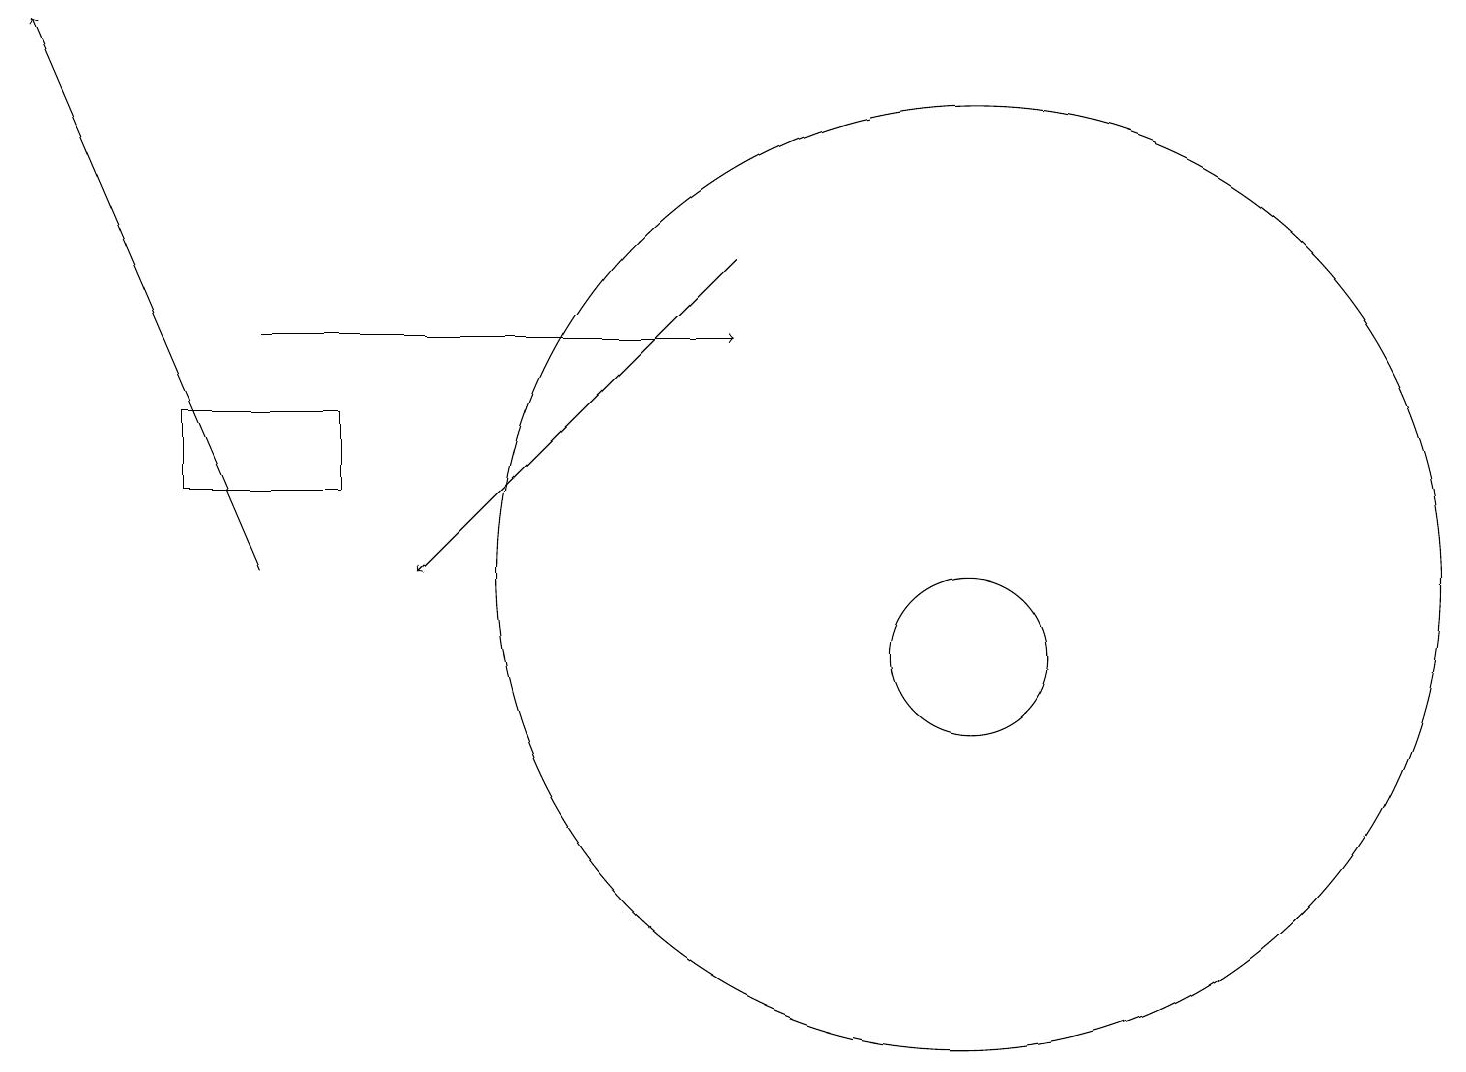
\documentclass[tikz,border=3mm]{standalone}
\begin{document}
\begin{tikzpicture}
\draw (4,12) rectangle (2,13);
\draw[->] (9,15) -- (5,11);
\draw (10,10) circle (0);
\draw (12,10) circle (1);
\draw (12,11) circle (6);
\draw[->] (3,14) -- (9,14);
\draw[->] (3,11) -- (0,18);
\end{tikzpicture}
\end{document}